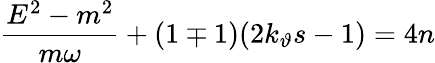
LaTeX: \frac{E^{2}-m^{2}}{m\omega}+(1\mp 1)(2k_{\vartheta}s-1)=4n